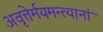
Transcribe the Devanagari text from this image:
अवृत्तेर्मयमन्त्यानां